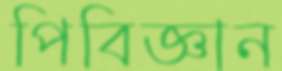
পিবিজ্ঞান